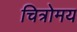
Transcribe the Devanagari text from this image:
चित्रोमय